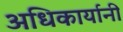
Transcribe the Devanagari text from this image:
अधिकार्यानी